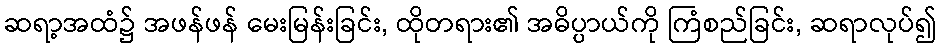
ဆရာ့အထံ၌ အဖန်ဖန် မေးမြန်းခြင်း, ထိုတရား၏ အဓိပ္ပာယ်ကို ကြံစည်ခြင်း, ဆရာလုပ်၍